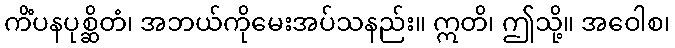
ကိံပနပုစ္ဆိတံ၊ အဘယ်ကိုမေးအပ်သနည်း။ ဣတိ၊ ဤသို့။ အဝေါစ၊